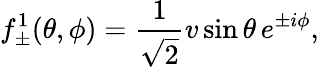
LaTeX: f_{\pm}^{1}(\theta,\phi)=\frac{1}{\sqrt{2}}v\sin\theta\, e^{\pm i\phi},